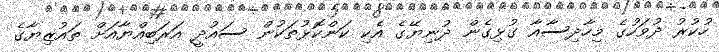
ހުކުރު ދުވަހުގެ މިހާދިސާއާ ގުޅިގެން ދުނިޔޭގެ އެކި ކަންކޮޅުތަކުން ސައުދީ އަރަބިއްޔާއަށް ތައުޒިޔާގެ